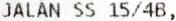
JALAN SS 15/4B,